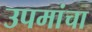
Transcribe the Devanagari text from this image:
उपमांचा